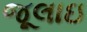
જૂલાઇ